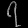
Digit: ၇